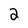
Character: 2